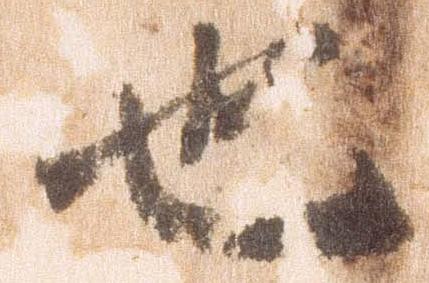
也